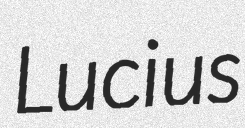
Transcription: Lucius